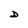
Character: D